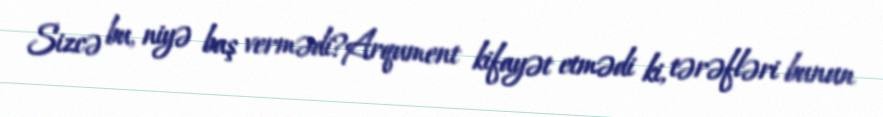
Sizcə bu, niyə baş vermədi?Arqument kifayət etmədi ki, tərəfləri bunun